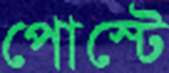
পোস্টে